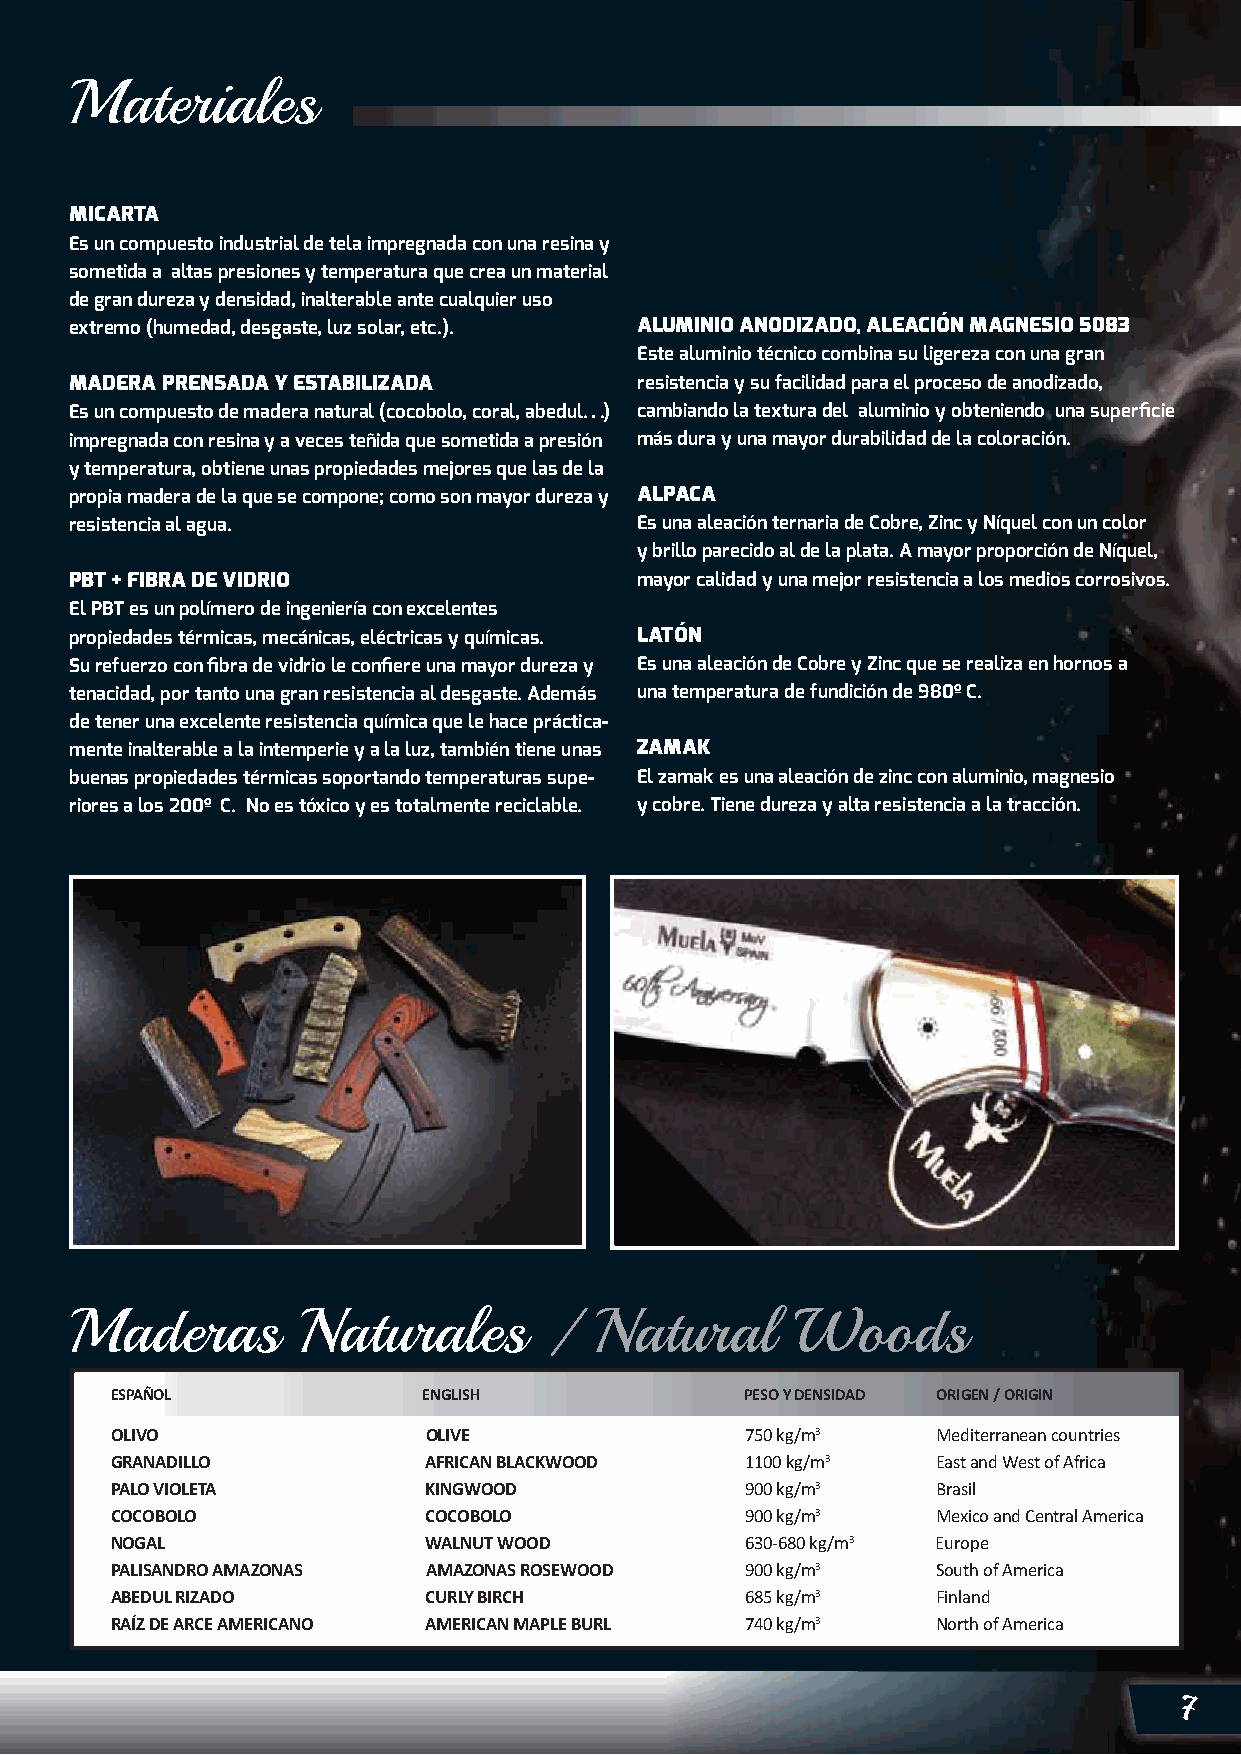
Materiales
 MICARTA
 Es un compuesto industrial de tela impregnada con una resina y
 sometida a altas presiones y temperatura que crea un material
 de gran dureza y densidad, inalterable ante cualquier uso
 extremo (humedad, desgaste, luz solar, etc.). ALUMINIO ANODIZADO, ALEACIÓN MAGNESIO 5083
 Este aluminio técnico combina su ligereza con una gran
 MADERA PRENSADA Y ESTABILIZADA       resistencia y su facilidad para el proceso de anodizado,
 Es un compuesto de madera natural (cocobolo, coral, abedul.….) cambiando la textura del aluminio y obteniendo una superficie
 impregnada con resina y a veces teñida que sometida a presión más dura y una mayor durabilidad de la coloración.
 y temperatura, obtiene unas propiedades mejores que las de la
 propia madera de la que se compone; como son mayor dureza y ALPACA
 resistencia al agua.                 Es una aleación ternaria de Cobre, Zinc y Níquel con un color
 y brillo parecido al de la plata. A mayor proporción de Níquel,
 PBT + FIBRA DE VIDRIO                mayor calidad y una mejor resistencia a los medios corrosivos.
 El PBT es un polímero de ingeniería con excelentes
 propiedades térmicas, mecánicas, eléctricas y químicas. LATÓN
 Su refuerzo con fibra de vidrio le confiere una mayor dureza y Es una aleación de Cobre y Zinc que se realiza en hornos a
 tenacidad, por tanto una gran resistencia al desgaste. Además una temperatura de fundición de 980º C.
 de tener una excelente resistencia química que le hace práctica-
 mente inalterable a la intemperie y a la luz, también tiene unas ZAMAK
 buenas propiedades térmicas soportando temperaturas supe- El zamak es una aleación de zinc con aluminio, magnesio
 riores a los 200º C. No es tóxico y es totalmente reciclable. y cobre. Tiene dureza y alta resistencia a la tracción.
 Maderas        Naturales       /  Natural       Woods
 ESPAÑOL              ENGLISH              PESO Y DENSIDAD ORIGEN / ORIGIN
 OLIVO                OLIVE                750 kg/m3    Mediterranean countries
 GRANADILLO           AFRICAN BLACKWOOD    1100 kg/m3   East and West of Africa
 PALO VIOLETA         KINGWOOD             900 kg/m3    Brasil
 COCOBOLO             COCOBOLO             900 kg/m3    Mexico and Central America
 NOGAL                WALNUT WOOD          630-680 kg/m3 Europe
 PALISANDRO AMAZONAS  AMAZONAS ROSEWOOD    900 kg/m3    South of America
 ABEDUL RIZADO        CURLY BIRCH          685 kg/m3    Finland
 RAÍZ DE ARCE AMERICANO AMERICAN MAPLE BURL 740 kg/m3   North of America
 7